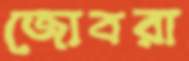
জোবরা